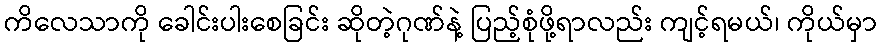
ကိလေသာကို ခေါင်းပါးစေခြင်း ဆိုတဲ့ဂုဏ်နဲ့ ပြည့်စုံဖို့ရာလည်း ကျင့်ရမယ်၊ ကိုယ်မှာ